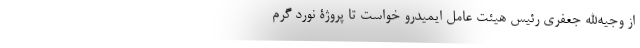
از وجیه‌الله جعفری رئیس هیئت عامل ایمیدرو خواست تا پروژۀ نورد گرم